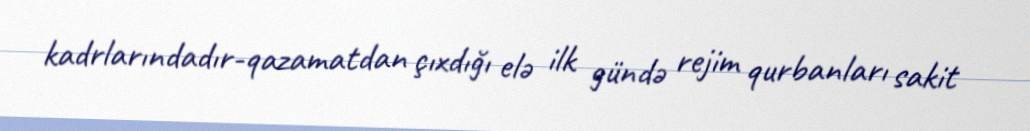
kadrlarındadır-qazamatdan çıxdığı elə ilk gündə rejim qurbanları sakit